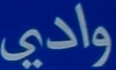
وادي